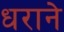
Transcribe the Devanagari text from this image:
धराने